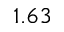
1 . 6 3